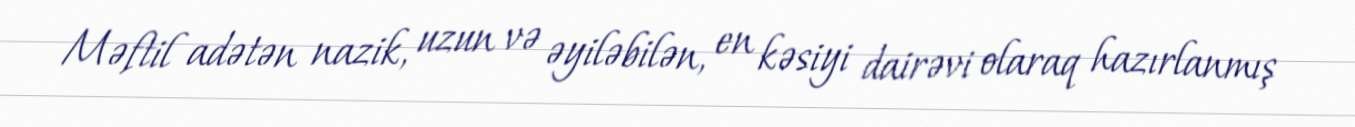
Məftil adətən nazik, uzun və əyiləbilən, en kəsiyi dairəvi olaraq hazırlanmış